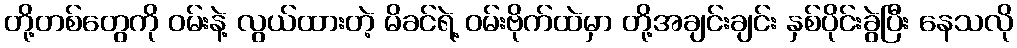
တို့တစ်တွေကို ဝမ်းနဲ့ လွယ်ထားတဲ့ မိခင်ရဲ့ ဝမ်းဗိုက်ထဲမှာ တို့အချင်းချင်း နှစ်ပိုင်းခွဲပြီး နေသလို